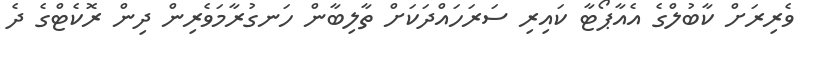
ވެރިރަށް ކާބުލްގެ އެއާޕޯޓާ ކައިރި ސަރަހައްދަކަށް ތާލިބާން ހަނގުރާމަވެރިން ދިން ރޮކެޓްގެ ދެ